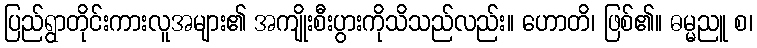
ပြည်ရွာတိုင်းကားလူအများ၏ အကျိုးစီးပွားကိုသိသည်လည်း။ ဟောတိ၊ ဖြစ်၏။ ဓမ္မညူ စ၊